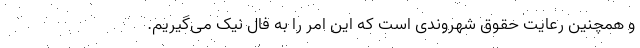
و همچنین رعایت حقوق شهروندی است که این امر را به فال نیک می‌گیریم.